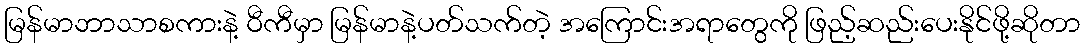
မြန်မာဘာသာစကားနဲ့ ဝီကီမှာ မြန်မာနဲ့ပတ်သက်တဲ့ အကြောင်းအရာတွေကို ဖြည့်ဆည်းပေးနိုင်ဖို့ဆိုတာ